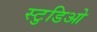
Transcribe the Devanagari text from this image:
स्टुडिओ